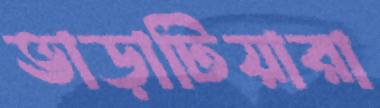
ভাড়াটিয়ারা